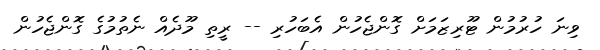
ވިނަ ހުރުމުން ޓޫރިޒަމަށް ގޮންޖެހުން އެބަހުރި -- ރީތި މޫދެއް ނެތުމުގެ ގޮންޖެހުން